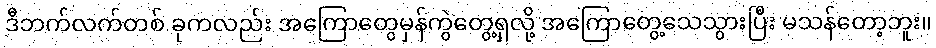
ဒီဘက်လက်တစ် ခုကလည်း အကြောတွေမှန်ကွဲတွေ့ရှလို့ အကြောတွေ့သေသွားပြီး မသန်တော့ဘူး။